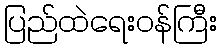
ပြည်ထဲရေးဝန်ကြီး